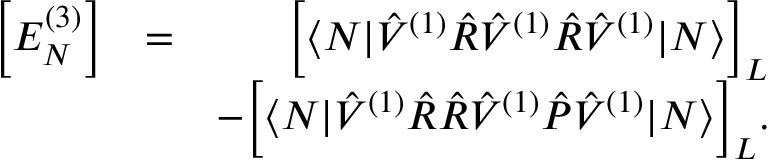
\begin{array} { r l r } { \Big [ E _ { N } ^ { ( 3 ) } \Big ] } & { = } & { \Big [ \langle N | \hat { V } ^ { ( 1 ) } \hat { R } \hat { V } ^ { ( 1 ) } \hat { R } \hat { V } ^ { ( 1 ) } | N \rangle \Big ] _ { { L } } } \\ & { } & { - \Big [ \langle N | \hat { V } ^ { ( 1 ) } \hat { R } \hat { R } \hat { V } ^ { ( 1 ) } \hat { P } \hat { V } ^ { ( 1 ) } | N \rangle \Big ] _ { { L } } . } \end{array}